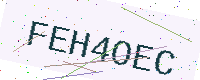
Text: FEH4OEC